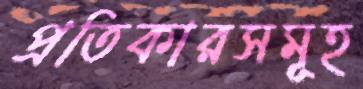
প্রতিকারসমূহ